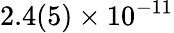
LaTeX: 2.4(5)\times 10^{-11}